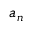
a _ { n }